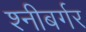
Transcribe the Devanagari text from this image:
श्नीबर्गर